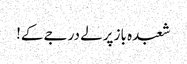
شعبدہ باز پرلے درجے کے!